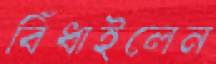
বিঁধাইলেন